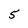
Character: 5